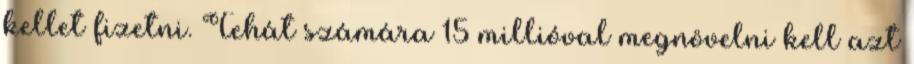
kellet fizetni. Tehát számára 15 millióval megnövelni kell azt